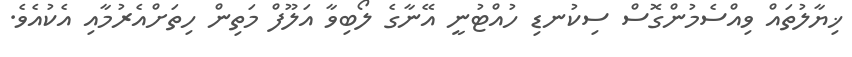
ޚިޔާލުތައް ވިއްސެމުންގޮސް ސިކުނޑި ހުއްޓުނީ އޭނާގެ ލޯބިވާ އަލޫފް މަތިން ހިތަށްއެރުމާއި އެކުއެވެ.